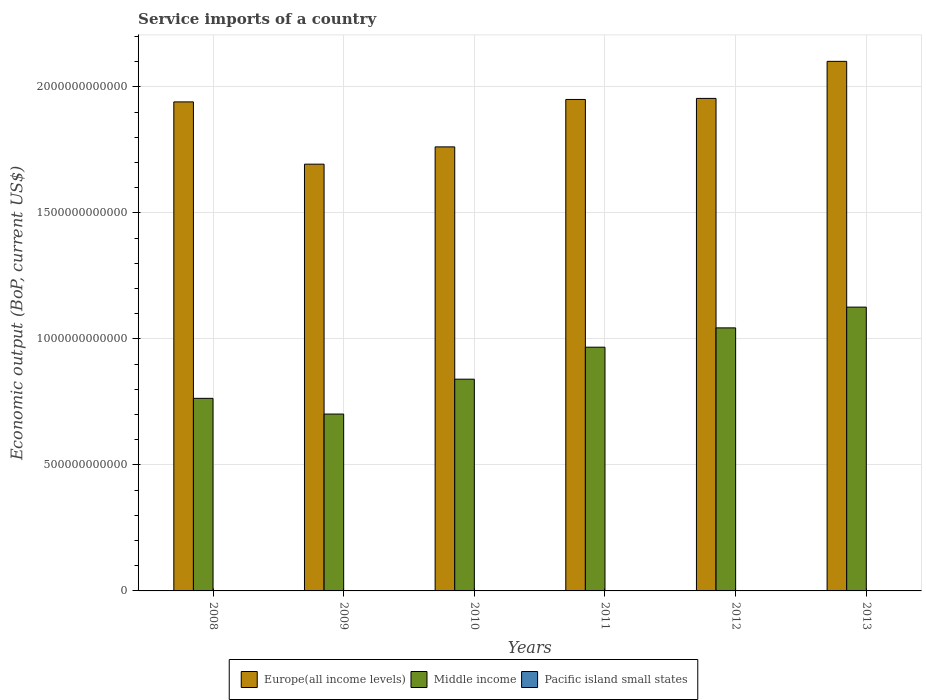
| Years | Europe(all income levels) | Middle income | Pacific island small states |
 | --- | --- | --- | --- |
 | 2008 | 1.94e+12 | 7.64e+11 | 1.25e+09 |
 | 2009 | 1.69e+12 | 7.02e+11 | 1.04e+09 |
 | 2010 | 1.76e+12 | 8.4e+11 | 1.12e+09 |
 | 2011 | 1.95e+12 | 9.67e+11 | 1.27e+09 |
 | 2012 | 1.95e+12 | 1.04e+12 | 1.36e+09 |
 | 2013 | 2.1e+12 | 1.13e+12 | 1.38e+09 |